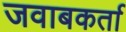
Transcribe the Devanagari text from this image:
जवाबकर्ता